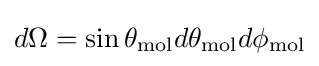
d\Omega =\sin \theta _{\mathrm {mol} }d\theta _{\mathrm {mol} }d\phi _{\mathrm {mol} }